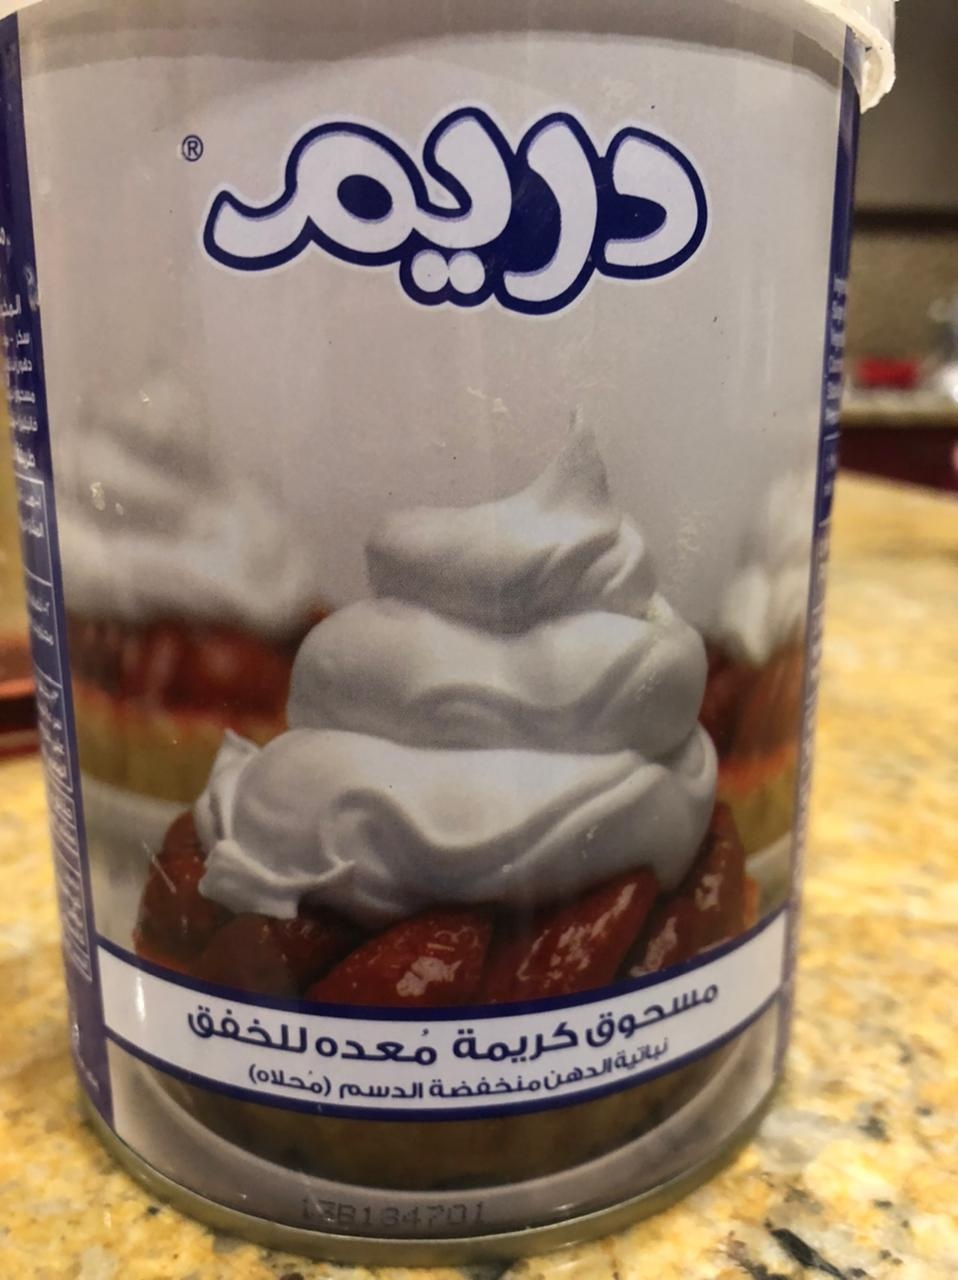
Text in image: دريم مسحوق للخفق كريمة معدة نباتية الدهن (محلاه) منخفضة الدسم